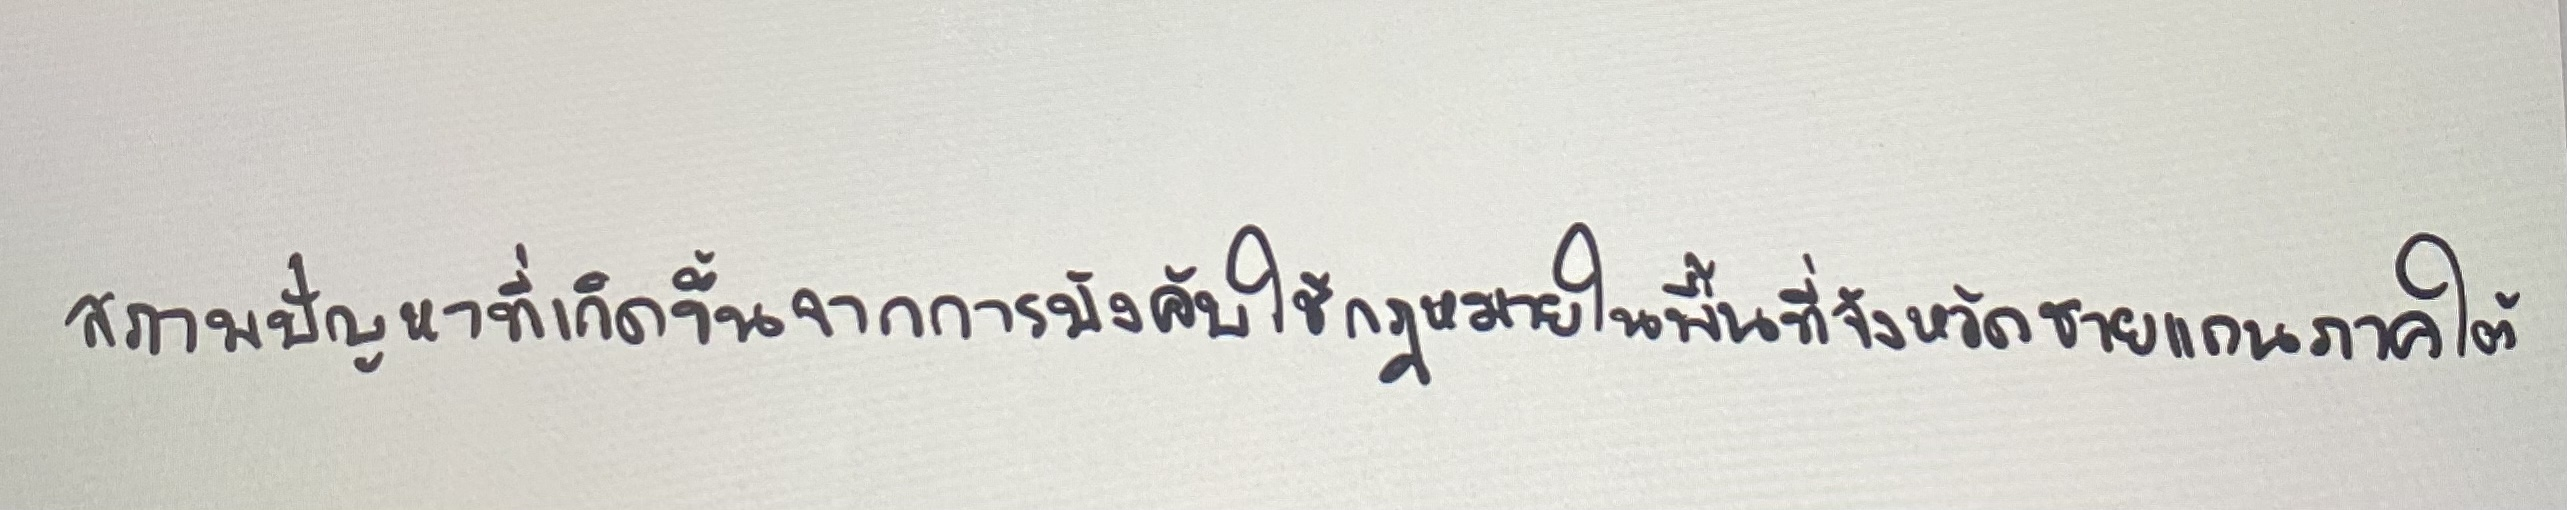
สภาพปัญหาที่เกิดขึ้นจากการบังคับใช้กฎหมายในพื้นที่จังหวัดชายแดนภาคใต้